Annual report of the Punjab Veterinary College and of the Civil Veterinary Department, Punjab - 1926-1932
Year: 1926
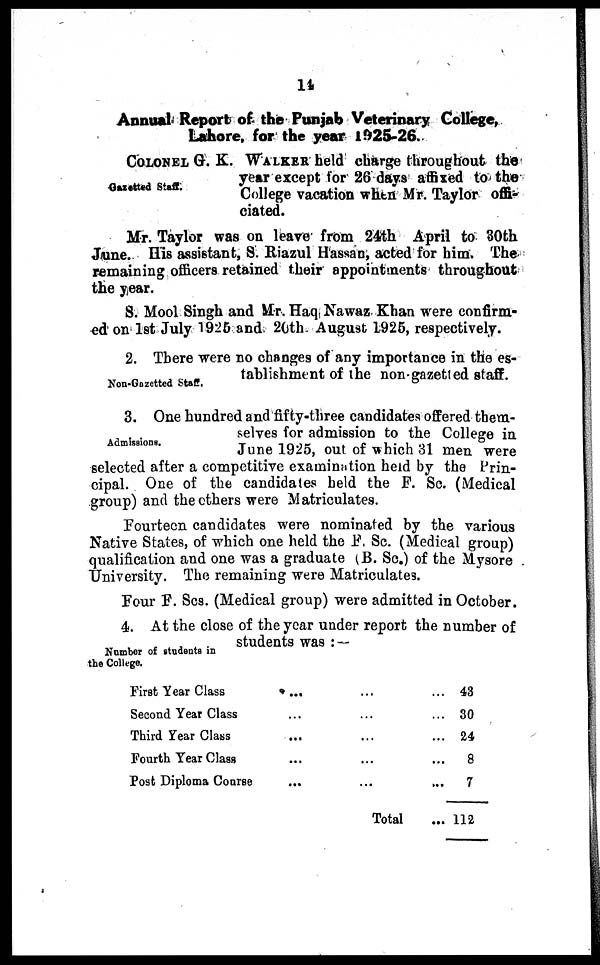
14
Annual Report of the Punjab Veterinary College,
Lahore, for the year 1925-26.
Gazetted Staff.
COLONES G. K. WALKER held charge throughout the
year except for 26 days affixed to the
College vacation when Mr. Taylor offi-
ciated.
Mr. Taylor was on leave from 24th April to 30th
June. His assistant, S. Riazul Hassan, acted for him. The
remaining officers retained their appointments throughout
the year.
S. Mool Singh and Mr. Haq Nawaz Khan were confirm-
ed on 1st July 1925 and 20th August 1925, respectively.
Non-Gazetted Staff.
2. There were no changes of any importance in the es-
tablishment of the non-gazetted staff.
Admissions.
3. One hundred and fifty-three candidates offered them-
selves for admission to the College in
June 1925, out of which 31 men were
selected after a competitive examination held by the Prin-
cipal. One of the candidates held the F. Sc. (Medical
group) and the others were Matriculates.
Fourteen candidates were nominated by the various
Native States, of which one held the F. Sc. (Medical group)
qualification and one was a graduate (B. Sc.) of the Mysore
University. The remaining were Matriculates.
Four F. Scs. (Medical group) were admitted in October.
Number of students in
the College.
4. At the close of the year under report the number of
students was:—
First Year Class
... ... ...
Second Year Class ... ... ...
Third Year Class ... ... ...
Fourth Year Class ... ... ...
Post Diploma Course
...
... ...
Total
43
30
24
8
7
112